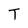
Character: T